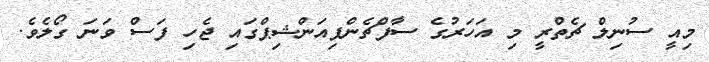
މިއީ ސުނިލް ޗެތްރީ މި އަހަރުގެ ސާފްޗެންޕިއަންޝިޕްގައި ޖެހި ފަސް ވަނަ ގޯލެވެ.